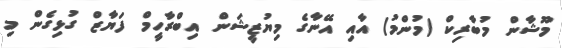
މޫޝާން މުބާރިކް (މުންމު) އާއި އޭނާގެ މިޔުޒީޝަން އިބްރާހީމް ފަޔާޒް ގުޅިގެން މި